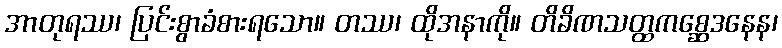
အာတုရဿ၊ ပြင်းစွာခံစားရသော။ တဿ၊ ထိုအနာကို။ တိခိဏသတ္ထကစ္ဆေဒနေန၊